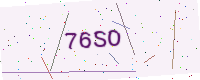
Text: 76SO